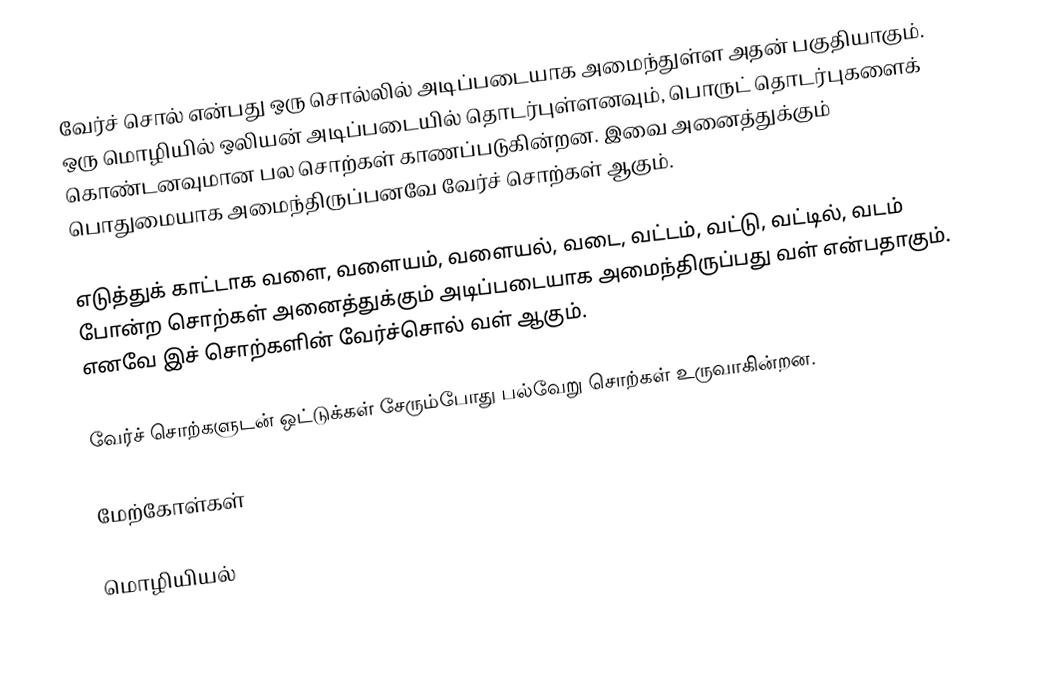
வேர்ச் சொல் என்பது ஒரு சொல்லில் அடிப்படையாக அமைந்துள்ள அதன் பகுதியாகும். ஒரு மொழியில் ஒலியன் அடிப்படையில் தொடர்புள்ளனவும், பொருட் தொடர்புகளைக் கொண்டனவுமான பல சொற்கள் காணப்படுகின்றன. இவை அனைத்துக்கும் பொதுமையாக அமைந்திருப்பனவே வேர்ச் சொற்கள் ஆகும்.

எடுத்துக் காட்டாக வளை, வளையம், வளையல், வடை, வட்டம், வட்டு, வட்டில், வடம் போன்ற சொற்கள் அனைத்துக்கும் அடிப்படையாக அமைந்திருப்பது வள் என்பதாகும். எனவே இச் சொற்களின் வேர்ச்சொல் வள் ஆகும்.

வேர்ச் சொற்களுடன் ஒட்டுக்கள் சேரும்போது பல்வேறு சொற்கள் உருவாகின்றன.

மேற்கோள்கள்

மொழியியல்